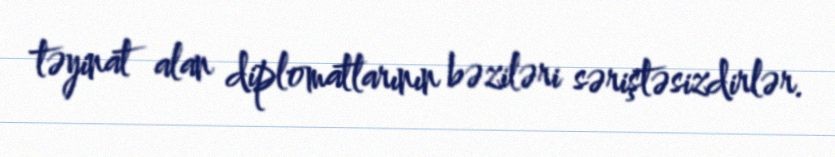
təyinat alan diplomatlarının bəziləri səriştəsizdirlər.